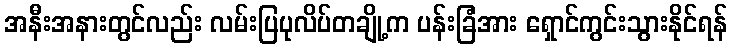
အနီးအနားတွင်လည်း လမ်းပြပုလိပ်တချို့က ပန်းခြံအား ရှောင်ကွင်းသွားနိုင်ရန်